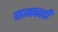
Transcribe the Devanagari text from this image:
खानकाही